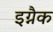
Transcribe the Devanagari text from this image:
इग्नैक